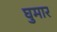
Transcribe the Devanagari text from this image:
घुमार